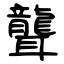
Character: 聾